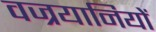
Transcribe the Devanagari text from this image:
वज्रयानियों